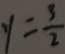
y = \frac { 3 } { 2 }